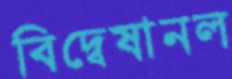
বিদ্বেষানল